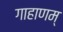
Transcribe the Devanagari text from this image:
गाहाणम्